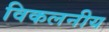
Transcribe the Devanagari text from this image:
विकलनीय